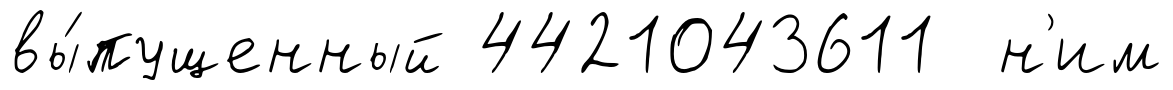
вы́пущенный 4421043611 н'им